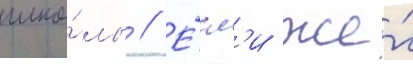
шко́лы // Е́сл'и же́